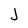
Character: J